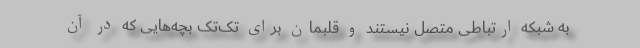
به شبکه ارتباطی متصل نیستند و قلبمان برای تک‌تک بچه‌هایی که در آن